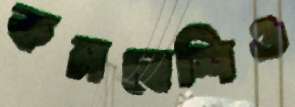
কমবেশিও